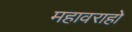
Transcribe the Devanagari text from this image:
महावराहो